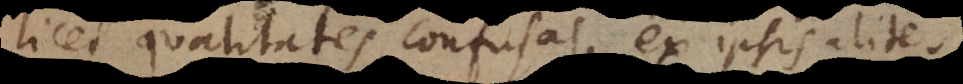
icet qualitates confusas ex ipsis aliter